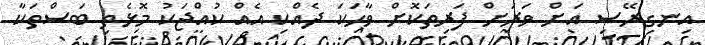
އިނގިރޭސި އަށް ވަރަށް ފަރިތަކޮށް ވާހަކަ ދެއްކި އެއް ކުއްޖަކު މޮޅެތި ބަސްތަކާ